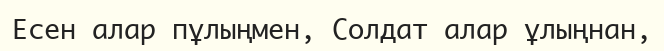
Есен алар пұлыңмен, Солдат алар ұлыңнан,